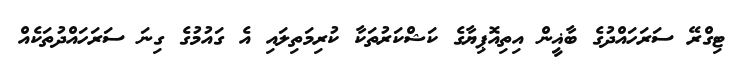
ޓިގްރޭ ސަރަހައްދުގެ ބާޣީން އިތިއޮޕިޔާގެ ކަޝްކަރުތަކާ ކުރިމަތިލައި އެ ގައުމުގެ ގިނަ ސަރަހައްދުތަކެއް